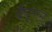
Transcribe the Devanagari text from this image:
वैपूनामू